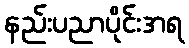
နည်းပညာပိုင်းအရ